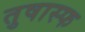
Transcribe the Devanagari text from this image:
तुषास्फ